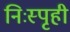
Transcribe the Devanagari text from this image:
निःस्पृही